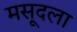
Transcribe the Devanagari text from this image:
मसूदला